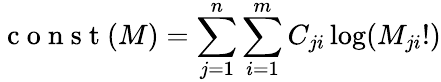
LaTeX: \mathrm{~c~o~n~s~t~}(M)=\sum_{j=1}^{n}\sum_{i=1}^{m}C_{ji}\log(M_{ji}!)